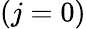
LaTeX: (j=0)